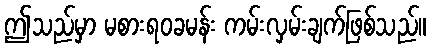
ဤသည်မှာ မစားရဝခမန်း ကမ်းလှမ်းချက်ဖြစ်သည်။